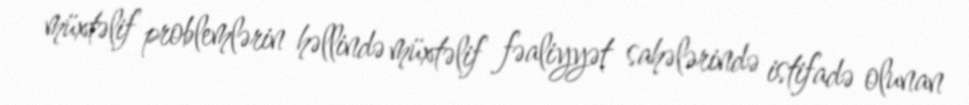
müxtəlif problemlərin həllində müxtəlif fəaliyyət sahələrində istifadə olunan